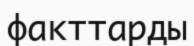
факттарды